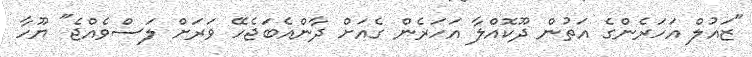
"ޒައުލް އަހަރެންގެ އަތުން ދޫކޮއްލާ އަހަރެން ގެއަށް ދާންއެބަޖެހޭ ވަރަށް ލަސްވެއްޖެ" ޔޫހާ